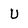
Character: U